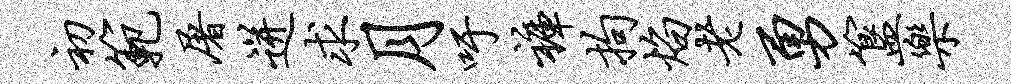
初范屠迸求月吁裤拘焰老勇簋乐